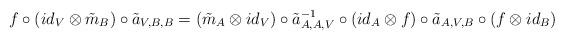
LaTeX: \begin{align*}f\circ(id_V\otimes \tilde{m}_B)\circ\tilde{a}_{V,B,B}=(\tilde{m}_A\otimes id_V)\circ\tilde{a}^{-1}_{A,A,V}\circ(id_A\otimes f)\circ \tilde{a}_{A,V,B}\circ(f\otimes id_B)\end{align*}